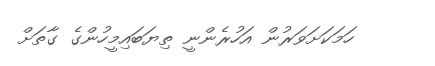
ހަމަކަށަވަރުން އަހުރެންނީ ތިޔަބައިމީހުންގެ ގާތަށް